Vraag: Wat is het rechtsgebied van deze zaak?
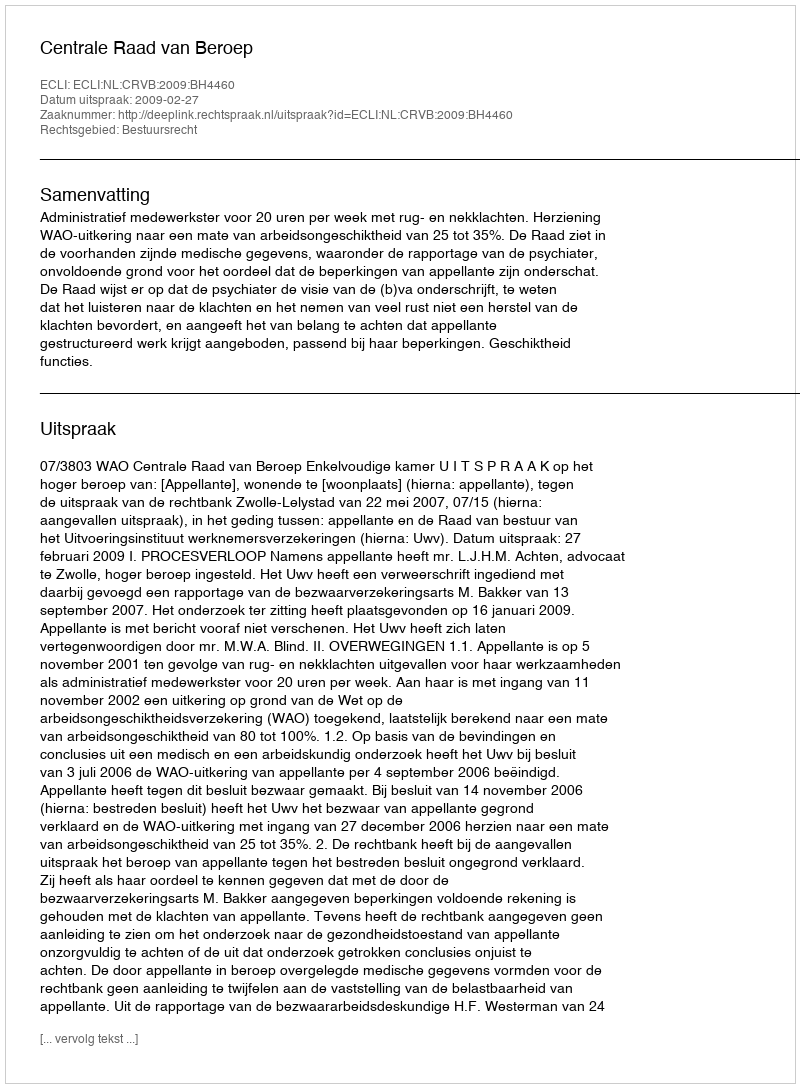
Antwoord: Bestuursrecht